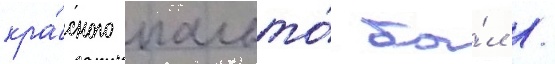
кра́сного пальто́ бы́л /